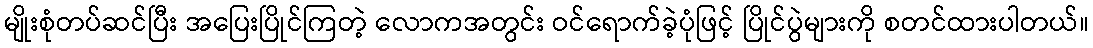
မျိုးစုံတပ်ဆင်ပြီး အပြေးပြိုင်ကြတဲ့ လောကအတွင်း ဝင်ရောက်ခဲ့ပုံဖြင့် ပြိုင်ပွဲများကို စတင်ထားပါတယ်။